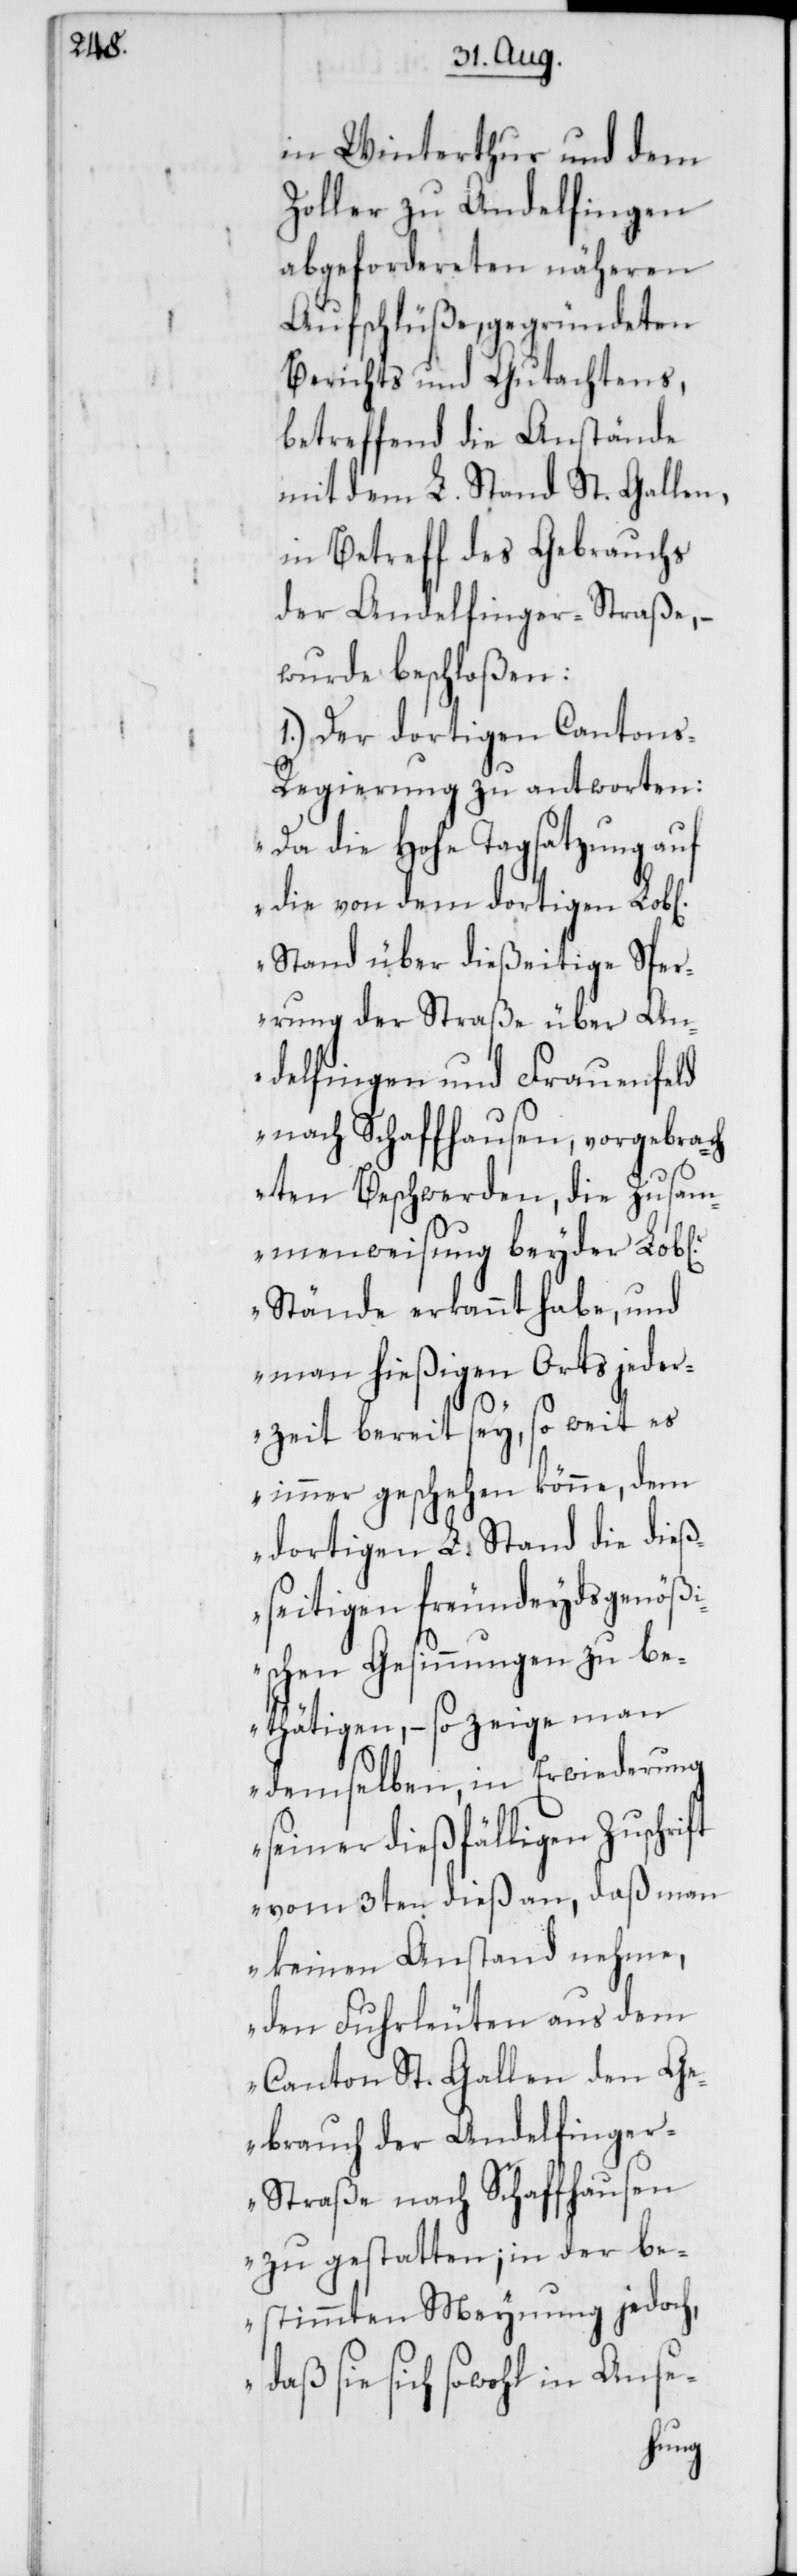
ichen]

in Winterthur und dem
Zoller zu Andelfingen
abgefordereten näheren
Aufschlüße, gegründeten
Berichts und Gutachtens,
betreffend die Anstände
mit dem L. Stand St. Gallen,
in Betreff des Gebrauchs
der Andelfinger-Straße, –
wurde beschloßen:
1.) Der dortigen Canton¬
s-Regierung zu antworten:
„Da die Hohe Tagsatzung auf
die von dem dortigen
Stand über dießeitige Sper¬
rung der Straße über An¬
delfingen und Frauenfeld
nach Schaffhausen, vorgebrach¬
ten Beschwerden, die Zusam¬
menweisung beyder Lob[l¬
Stände erkannt habe, und
man hießigen Orts jeder¬
zeit bereit sey, so weit es
immer geschehen könne, dem
dortigen L. Stand die dieß¬
eitigen freundeydsgenößi¬
schen Gesinnungen zu be¬
stätigen, – so zeige man
demselben, in Erwiederung
seiner dießfälligen Zuschri¬
ft vom 3ten dieß an, daß man
keinen Anstand nehme,
den Fuhrleuten aus dem
Canton St. Gallen den Ge¬
brauch der Andelfinge¬
r-Straße nach Schaffhausen
zu gestatten; in der be¬
stimmten Meynung jedoch,
daß sie sich sowohl in Anse-